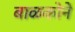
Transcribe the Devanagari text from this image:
बाळकोने